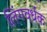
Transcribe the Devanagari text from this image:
लिंगवर्धक